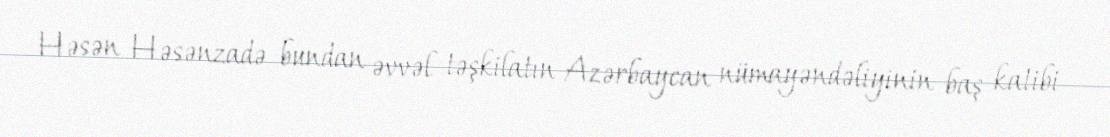
Həsən Həsənzadə bundan əvvəl təşkilatın Azərbaycan nümayəndəliyinin baş katibi